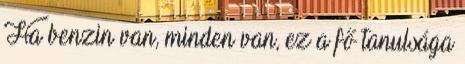
Ha benzin van, minden van, ez a fő tanulsága